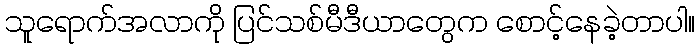
သူရောက်အလာကို ပြင်သစ်မီဒီယာတွေက စောင့်နေခဲ့တာပါ။